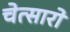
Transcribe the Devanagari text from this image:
चेत्सारो